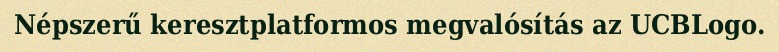
Népszerű keresztplatformos megvalósítás az UCBLogo.